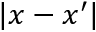
\vert x - x ^ { \prime } \vert